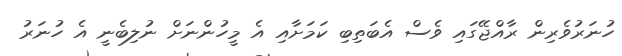
ހުނަރުވެރިން ރާއްޖޭގައި ވެސް އެބަތިބި ކަމަށާއި އެ މީހުންނަށް ނުލިބެނީ އެ ހުނަރު